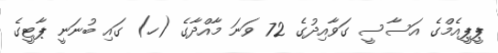
ޕީޕީއެމްގެ އަސާސީ ގަވާއިދުގެ 72 ވަނަ މާއްދާގެ (ހ) ގައި ބުނަނީ ޕާޓީގެ